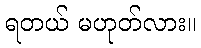
ရတယ် မဟုတ်လား။